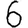
Digit: 6